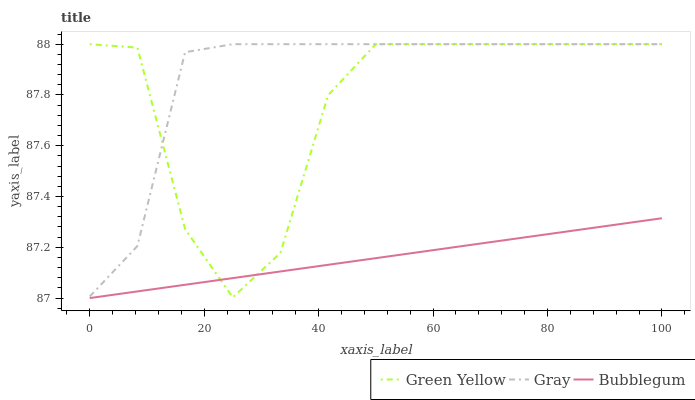
| xaxis_label | Green Yellow | Gray | Bubblegum |
 | --- | --- | --- | --- |
 | 0 | 88 | 87 | 87 |
 | 8.33 | 88 | 87.2 | 87 |
 | 16.7 | 87.3 | 88 | 87.1 |
 | 25 | 87 | 88 | 87.1 |
 | 33.3 | 87.2 | 88 | 87.1 |
 | 41.7 | 87.8 | 88 | 87.1 |
 | 50 | 88 | 88 | 87.2 |
 | 58.3 | 88 | 88 | 87.2 |
 | 66.7 | 88 | 88 | 87.2 |
 | 75 | 88 | 88 | 87.2 |
 | 83.3 | 88 | 88 | 87.3 |
 | 91.7 | 88 | 88 | 87.3 |
 | 100 | 88 | 88 | 87.3 |